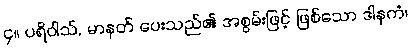
၄။ ပရိဝါသ်, မာနတ် ပေးသည်၏ အစွမ်းဖြင့် ဖြစ်သော ဒါနကံ၊